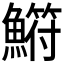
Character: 𫙳